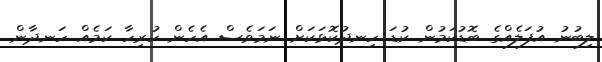
ލިބުނު އުފަލެއްގެ ބޮޑުކަމުން ކުޑަ ހިނދުކޮޅަކަށް ނަމަވެސް އެހެން ހުރިހާ ކަމެއް ހަނދާން